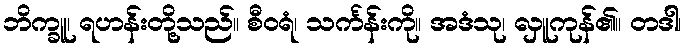
ဘိက္ခူ၊ ရဟန်းတို့သည်။ စီဝရံ၊ သင်္ကန်းကို။ အဒံသု၊ လှူကုန်၏။ တဒါ၊